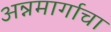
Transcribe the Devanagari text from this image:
अन्नमार्गाचा